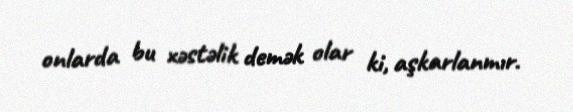
onlarda bu xəstəlik demək olar ki, aşkarlanmır.